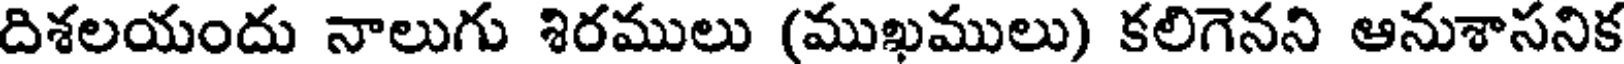
దిశలయందు నాలుగు శిరములు (ముఖములు) కలిగెనని ఆనుశాసనిక